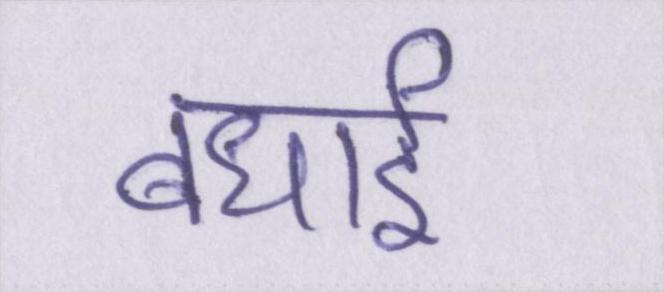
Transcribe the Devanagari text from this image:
बधाई